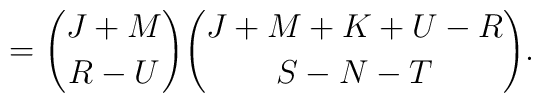
={{J+M}\choose {R-U}}{{J+M+K+U-R}\choose {S-N-T}}.